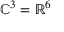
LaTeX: \mathbb { C } ^ { 3 } = \mathbb { R } ^ { 6 }